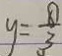
y = \frac { 8 } { 3 }